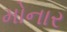
મોનાર